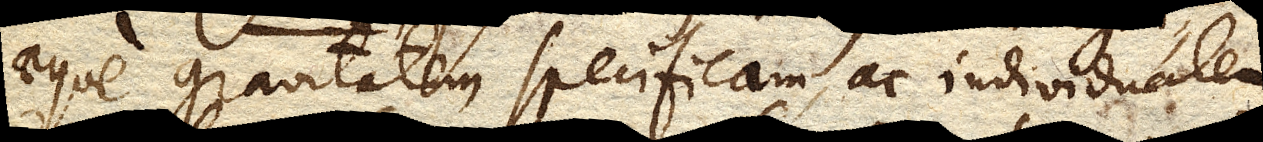
aeque gravitatem specificam, ac individualem